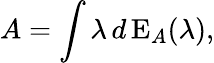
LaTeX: A=\int\lambda\, d\operatorname{E}_{A}(\lambda),